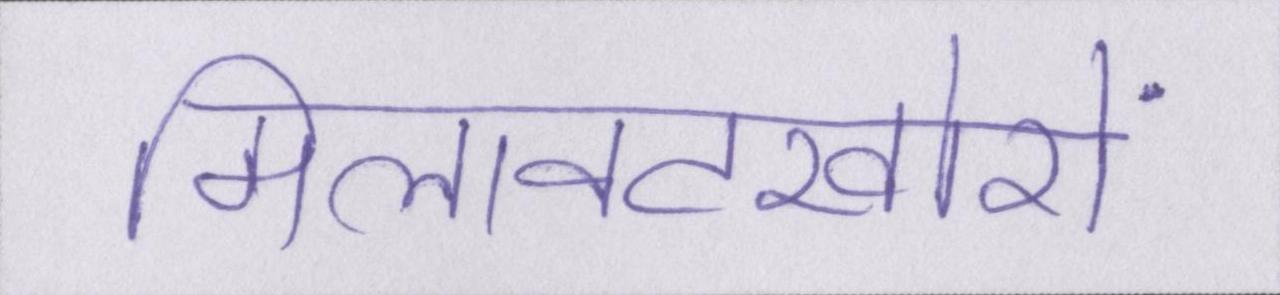
मिलावटखोरों